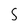
Character: S